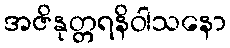
အဇိနုတ္တရနိဝါသနော